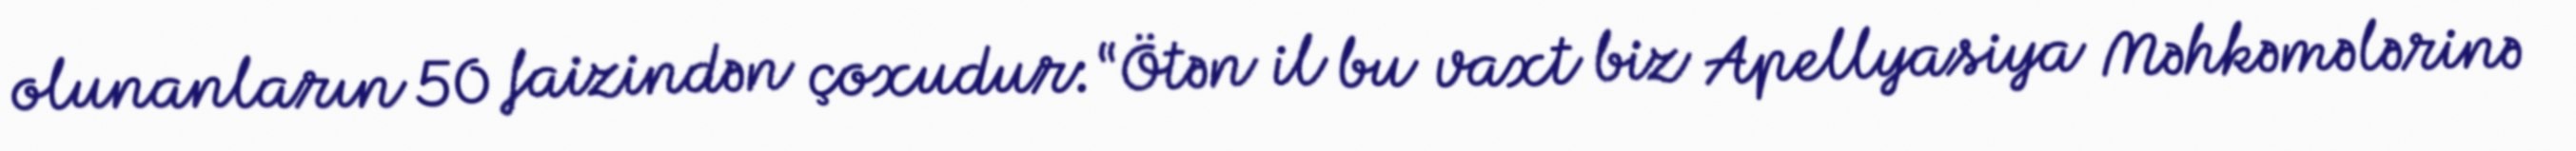
olunanların 50 faizindən çoxudur: “Ötən il bu vaxt biz Apellyasiya Məhkəmələrinə